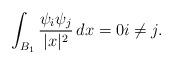
LaTeX: \begin{align*}\int_{B_1}\frac{ \psi_i\psi_j}{|x|^2}\, dx=0 i\neq j.\end{align*}